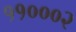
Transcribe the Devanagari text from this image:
११०००२